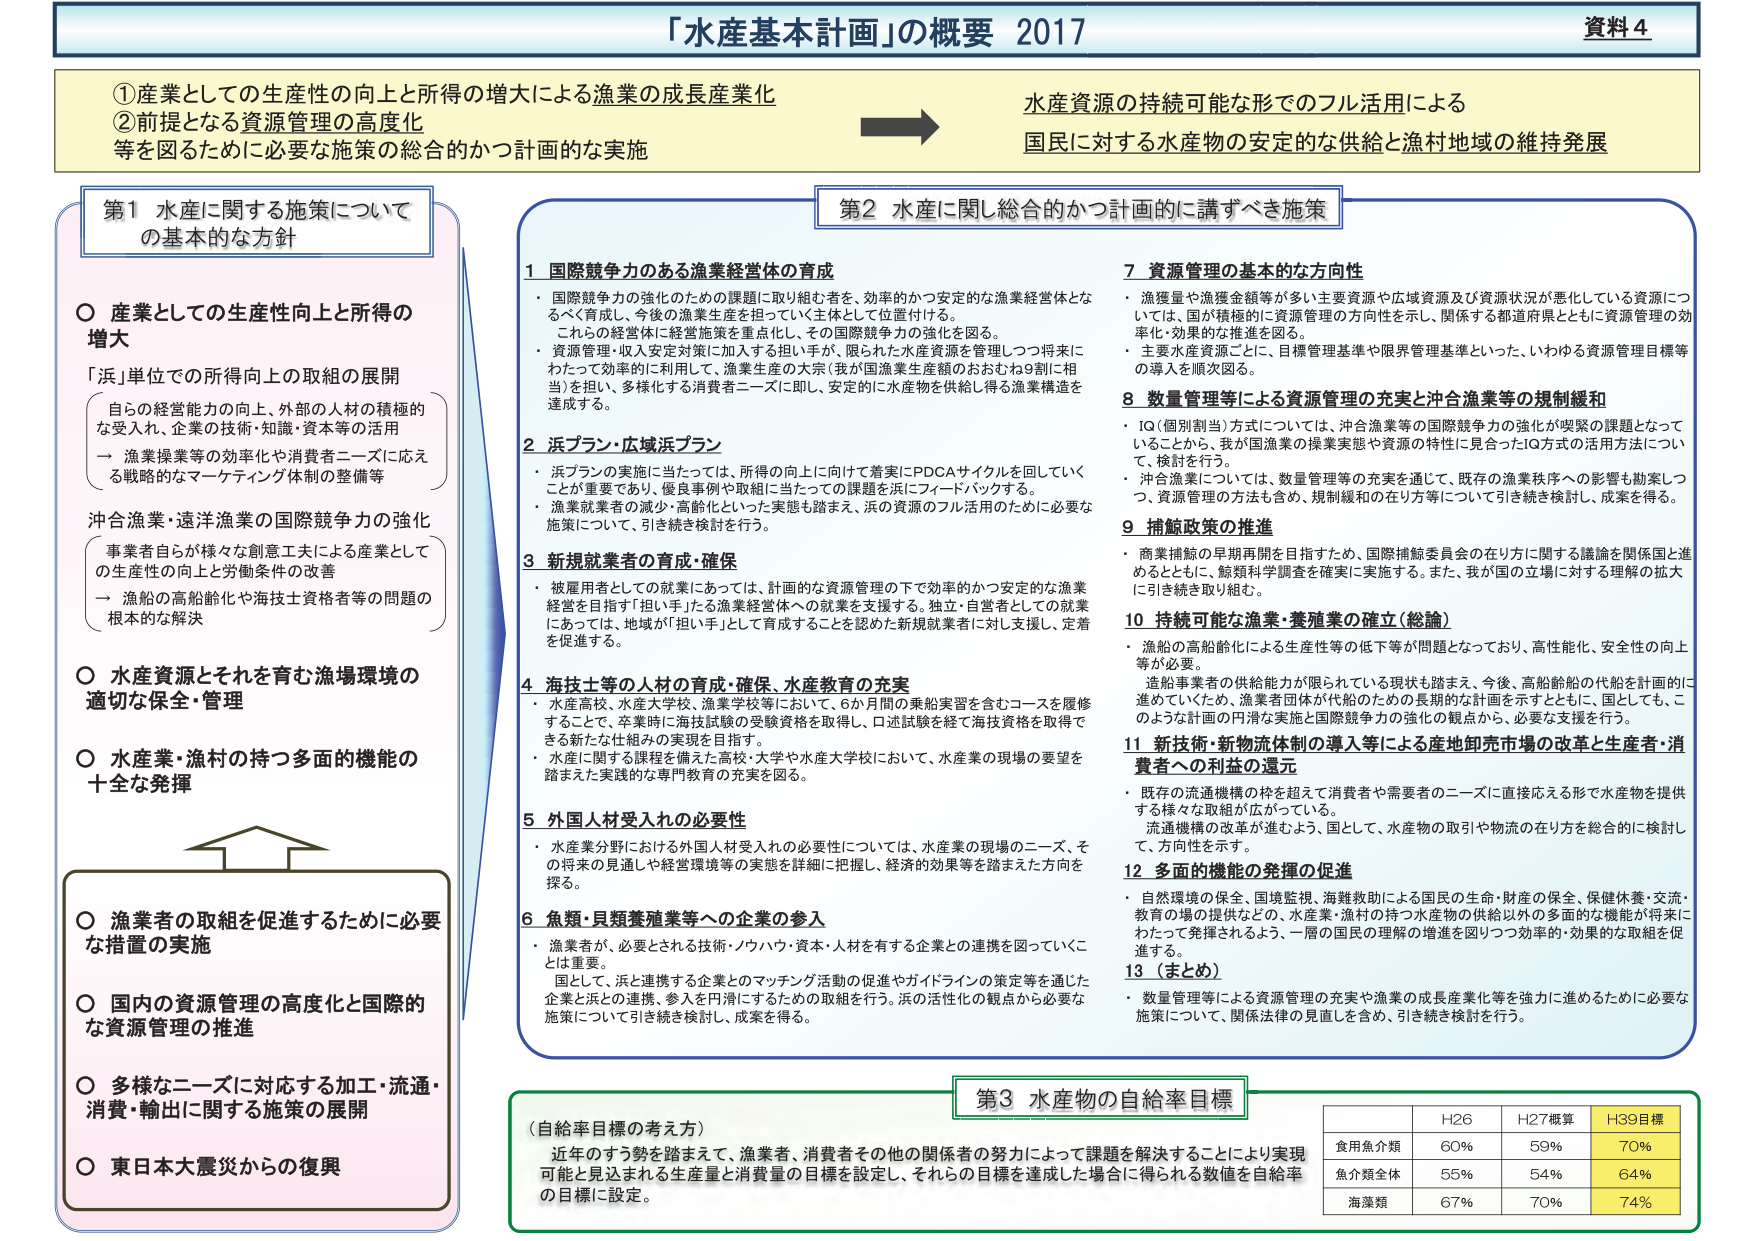
「水産基本計画」の概要 2017 資料4

①産業としての生産性の向上と所得の増大による漁業産業化
②前提となる資源管理の高度化
等を図るために必要な施策の総合的かつ計画的な実施

→ 水産資源の持続可能な形でのフル活用による
国民に対する水産物の安定的な供給と漁村地域の維持発展

第1 水産に関する施策について
の基本的な方針

○ 産業としての生産性向上と所得の増大
「浜」単位での所得向上の取組の展開
（自らの経営能力の向上、外部の人材の積極的な受入れ、企業の技術・知識・資本等の活用
→ 漁業操業等の効率化や消費者ニーズに応える戦略的なマーケティング体制の整備等）

沖合漁業・遠洋漁業の国際競争力の強化
（事業者自らが様々な創意工夫による産業としての生産性の向上と労働条件の改善
→ 漁船の高齢化や海技士資格者等の問題の根本的な解決）

○ 水産資源とそれを育む漁場環境の適切な保全・管理

○ 水産業・漁村の持つ多面的機能の十全な発揮

○ 漁業者の取組を促進するために必要な措置の実施

○ 国内の資源管理の高度化と国際的な資源管理の推進

○ 多様なニーズに対応する加工・流通・消費・輸出に関する施策の展開

○ 東日本大震災からの復興

第2 水産に関し総合的かつ計画的に講ずべき施策

1 国際競争力のある漁業経営体の育成
・ 国際競争力の強化のための課題に取り組む者を、効率的かつ安定的な漁業経営体とな るべく育成し、今後の漁業生産を担っていく主体として位置付ける。
　　これらの経営体に経営施策を重点化し、その国際競争力の強化を図る。
・ 資源管理・収入安定対策に加えする担い手が、限られた水産資源を管理しつつ将来に わたって効率的に利用して、漁業生産の大半（我が国漁業生産額のおおむね9割に相 当）を担い、多様化する消費者ニーズに即し、安定的に水産物を供給し得る漁業構造を 達成する。

2 浜プラン・広域浜プラン
・ 浜プランの実施に当たっては、所得の向上に向けて着実にPDCAサイクルを回していく ことが重要であり、優良事例や取組に当たっての課題を浜にフィードバックする。
・ 漁業就業者の減少・高齢化といった実態も踏まえ、浜の資源のフル活用のために必要な 施策について、引き続き検討を行う。

3 新規就業者の育成・確保
・ 被雇用者としての就業にあっては、計画的な資源管理の下で効率的かつ安定的な漁業 経営を目指す「担い手」たる漁業経営体への就業を支援する。独立・自営者としての就業 にあっては、地域が「担い手」として育成することを認めた新規就業者に対し支援し、定着 を促進する。

4 海技士等の人材の育成・確保、水産教育の充実
・ 水産高校、水産大学校、漁業学校等において、6か月間の乗船実習を含むコースを履修 することで、卒業時に海技試験の受験資格を取得し、口述試験を経て海技資格を取得で きる新たな仕組みの実現を目指す。
・ 水産に関する課程を備えた高校・大学や水産大学校において、水産業の現場の要望を 踏まえた実践的な専門教育の充実を図る。

5 外国人材受入れの必要性
・ 水産業分野における外国人材受入れの必要性については、水産業の現場のニーズ、そ の将来の見通しや経営環境等の実態を詳細に把握し、経済的効果等を踏まえた方向を 探る。

6 魚類・貝類養殖業等への企業の参入
・ 漁業者が、必要とされる技術・ノウハウ・資本・人材を有する企業との連携を図っていくこ とは重要。
　　国として、浜と連携する企業とのマッチング活動の促進やガイドラインの策定等を通じた 企業と浜との連携、参入を円滑にするための取組を行う。浜の活性化の観点から必要な 施策について引き続き検討し、成果を得る。

7 資源管理の基本的な方向性
・ 漁獲量や漁獲金額等が多い主要資源や広域資源及び資源状況が悪化している資源につ いては、国が積極的に資源管理の方向性を示し、関係する都道府県とともに資源管理の効 率化・効果的な推進を図る。
・ 主要水産資源ごとに、目標管理基準や限界管理基準といった、いわゆる資源管理目標等 の導入を順次図る。

8 数量管理等による資源管理の充実と沖合漁業等の規制緩和
・ IQ（個別割当）方式については、沖合漁業等の国際競争力の強化が喫緊の課題となって いることから、我が国漁業の操業実態や資源の特性に見合ったIQ方式の活用方法につい て、検討を行う。
・ 沖合漁業については、数量管理等の充実を通じて、既存の漁業秩序への影響も勘案しつ つ、資源管理の方法も含め、規制緩和の在り方等について引き続き検討し、成果を得る。

9 補鯨政策の推進
・ 商業捕鯨の早期再開を目指すため、国際捕鯨委員会の在り方に関する議論を関係国と進 めるとともに、鯨類科学調査を確実に実施する。また、我が国の立場に対する理解の拡大 に引き続き取り組む。

10 持続可能な漁業・養殖業の確立（総論）
・ 商船の高齢化による生産性等の低下等が問題となっており、高性能化、安全性の向上 等が必要。
　　造船事業者の供給能力が限られている現状も踏まえ、今後、高齢船舶の代船を計画的に 進めていくため、漁業者団体が代船のための長期的な計画を示すとともに、国としても、こ のような計画の円滑な実施と国際競争力の強化の観点から、必要な支援を行う。

11 新技術・新物流体制の導入等による産地卸売市場の改革と生産者・消費者への利益の還元
・ 既存の流通機構の枠を超えて消費者や需要者のニーズに直接応える形で水産物を提供 する様々な取組が広がっている。
　　流通機構の改革が進むよう、国として、水産物の取引や物流の在り方を総合的に検討し て、方向性を示す。

12 多面的機能の発揮の促進
・ 自然環境の保全、国境監視、海難救助による国民の生命・財産の保全、保健休養・交流・ 教育の場の提供などの、水産業・漁村の持つ水産物の供給以外の多面的な機能が将来に わたって発揮されるよう、一層の国民的理解の増進を図りつつ効率的・効果的な取組を促 進する。

13 （まとめ）
・ 数量管理等による資源管理の充実や漁業の成長産業化等を強力に進めるために必要な 施策について、関係法律の見直しを含め、引き続き検討を行う。

第3 水産物の自給率目標

（自給率目標の考え方）
近年のすす勢を踏まえて、漁業者、消費者その他の関係者の努力によって課題を解決することにより実現 可能と見込まれる生産量と消費量の目標を設定し、それらの目標を達成した場合に得られる数値を自給率 の目標に設定。

| | H26 | H27概算 | H39目標 |
|---|---|---|---|
| 食用魚介類 | 60% | 59% | 70% |
| 魚介類全体 | 55% | 54% | 64% |
| 海藻類 | 67% | 70% | 74% |